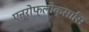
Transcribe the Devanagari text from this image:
एन्रोफ्लोक्सासिं